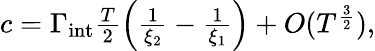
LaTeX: \begin{array}{r}{c=\Gamma_{\mathrm{int}}\frac{T}{2}\left(\frac{1}{\xi_{2}}-\frac{1}{\xi_{1}}\right)+O(T^{\frac{3}{2}}),}\end{array}